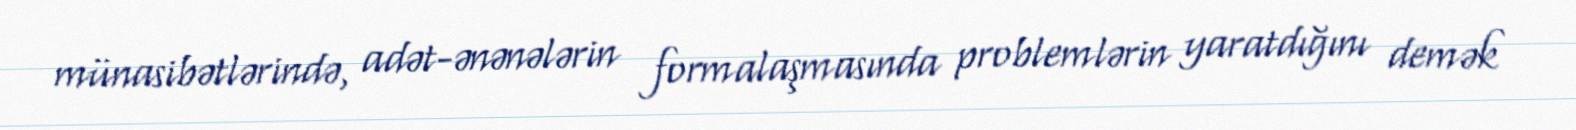
münasibətlərində, adət-ənənələrin formalaşmasında problemlərin yaratdığını demək